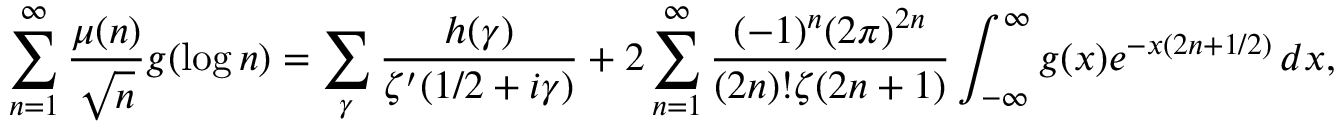
\sum _ { n = 1 } ^ { \infty } { \frac { \mu ( n ) } { \sqrt { n } } } g ( \log n ) = \sum _ { \gamma } { \frac { h ( \gamma ) } { \zeta ^ { \prime } ( 1 / 2 + i \gamma ) } } + 2 \sum _ { n = 1 } ^ { \infty } { \frac { ( - 1 ) ^ { n } ( 2 \pi ) ^ { 2 n } } { ( 2 n ) ! \zeta ( 2 n + 1 ) } } \int _ { - \infty } ^ { \infty } g ( x ) e ^ { - x ( 2 n + 1 / 2 ) } \, d x ,